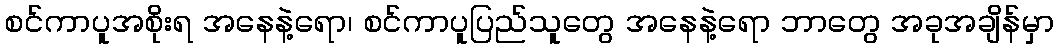
စင်ကာပူအစိုးရ အနေနဲ့ရော၊ စင်ကာပူပြည်သူတွေ အနေနဲ့ရော ဘာတွေ အခုအချိန်မှာ